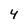
Character: 4